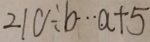
2 1 0 \div b \cdots a + 5